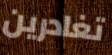
تغادرين